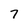
Character: 7